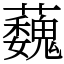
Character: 蘶